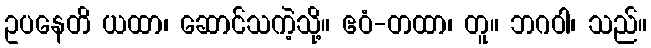
ဥပနေတိ ယထာ၊ ဆောင်သကဲ့သို့။ ဧဝံ-တထာ၊ တူ။ ဘဂဝါ၊ သည်။